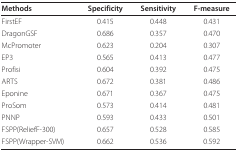
<table><thead><tr><td><b>Methods</b></td><td><b>Specificity</b></td><td><b>Sensitivity</b></td><td><b>F-measure</b></td></tr></thead><tbody><tr><td>FirstEF</td><td>0.415</td><td>0.448</td><td>0.431</td></tr><tr><td>DragonGSF</td><td>0.686</td><td>0.357</td><td>0.470</td></tr><tr><td>McPromoter</td><td>0.623</td><td>0.204</td><td>0.307</td></tr><tr><td>EP3</td><td>0.565</td><td>0.413</td><td>0.477</td></tr><tr><td>Profisi</td><td>0.604</td><td>0.392</td><td>0.475</td></tr><tr><td>ARTS</td><td>0.672</td><td>0.381</td><td>0.486</td></tr><tr><td>Eponine</td><td>0.671</td><td>0.367</td><td>0.475</td></tr><tr><td>ProSom</td><td>0.573</td><td>0.414</td><td>0.481</td></tr><tr><td>PNNP</td><td>0.593</td><td>0.433</td><td>0.501</td></tr><tr><td>FSPP(ReliefF-300)</td><td>0.657</td><td>0.528</td><td>0.585</td></tr><tr><td>FSPP(Wrapper-SVM)</td><td>0.662</td><td>0.536</td><td>0.592</td></tr></tbody></table>